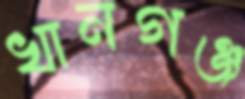
খানগঞ্জ